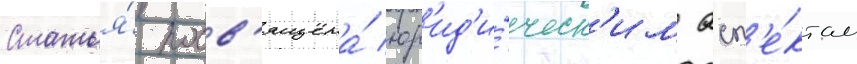
Статья́ посв'ящена́ юр'ид'и́ческ'им асп'е́ктам